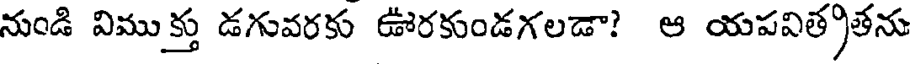
నుండి విముక్తు డగువరకు ఊరకుండగలడా? ఆ యపవిత్రతను